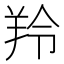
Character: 羚